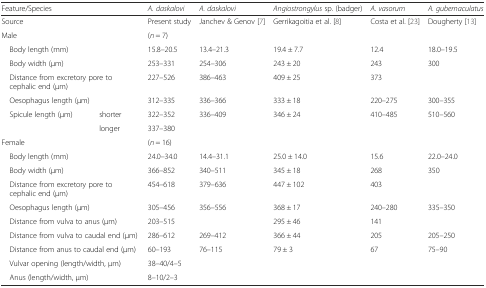
<table><thead><tr><td colspan="2"><b>Feature/Species</b></td><td><b><i>A. daskalovi</i></b></td><td><b><i>A. daskalovi</i></b></td><td><b><i>Angiostrongylus</i> sp. (badger)</b></td><td><b><i>A. vasorum</i></b></td><td><b><i>A. gubernaculatus</i></b></td></tr></thead><tbody><tr><td colspan="2">Source</td><td>Present study</td><td>Janchev &amp; Genov [7]</td><td>Gerrikagoitia et al. [8]</td><td>Costa et al. [23]</td><td>Dougherty [13]</td></tr><tr><td colspan="2">Male</td><td>(<i>n</i> = 7)</td><td></td><td></td><td></td><td></td></tr><tr><td colspan="2"> Body length (mm)</td><td>15.8–20.5</td><td>13.4–21.3</td><td>19.4 ± 7.7</td><td>12.4</td><td>18.0–19.5</td></tr><tr><td colspan="2"> Body width (μm)</td><td>253–331</td><td>254–306</td><td>243 ± 20</td><td>243</td><td>300</td></tr><tr><td colspan="2"> Distance from excretory pore to cephalic end (μm)</td><td>227–526</td><td>386–463</td><td>409 ± 25</td><td>373</td><td></td></tr><tr><td colspan="2"> Oesophagus length (μm)</td><td>312–335</td><td>336–366</td><td>333 ± 18</td><td>220–275</td><td>300–355</td></tr><tr><td rowspan="2"> Spicule length (μm)</td><td>shorter</td><td>322–352</td><td rowspan="2">336–409</td><td rowspan="2">346 ± 24</td><td rowspan="2">410–485</td><td rowspan="2">510–560</td></tr><tr><td>longer</td><td>337–380</td></tr><tr><td colspan="2">Female</td><td>(<i>n</i> = 16)</td><td colspan="4"></td></tr><tr><td colspan="2"> Body length (mm)</td><td>24.0–34.0</td><td>14.4–31.1</td><td>25.0 ± 14.0</td><td>15.6</td><td>22.0–24.0</td></tr><tr><td colspan="2"> Body width (μm)</td><td>366–852</td><td>340–511</td><td>345 ± 18</td><td>268</td><td>350</td></tr><tr><td colspan="2"> Distance from excretory pore to cephalic end (μm)</td><td>454–618</td><td>379–636</td><td>447 ± 102</td><td>403</td><td></td></tr><tr><td colspan="2"> Oesophagus length (μm)</td><td>305–456</td><td>356–556</td><td>368 ± 17</td><td>240–280</td><td>335–350</td></tr><tr><td colspan="2"> Distance from vulva to anus (μm)</td><td>203–515</td><td></td><td>295 ± 46</td><td>141</td><td></td></tr><tr><td colspan="2"> Distance from vulva to caudal end (μm)</td><td>286–612</td><td>269–412</td><td>366 ± 44</td><td>205</td><td>205–250</td></tr><tr><td colspan="2"> Distance from anus to caudal end (μm)</td><td>60–193</td><td>76–115</td><td>79 ± 3</td><td>67</td><td>75–90</td></tr><tr><td colspan="2"> Vulvar opening (length/width, μm)</td><td>38–40/4–5</td><td></td><td></td><td></td><td></td></tr><tr><td colspan="2"> Anus (length/width, μm)</td><td>8–10/2–3</td><td></td><td></td><td></td><td></td></tr></tbody></table>